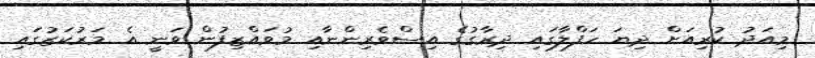
މިއަދު ކުރިއަށް ދިޔަ ހަފްލާގައި ދިރާގުގެ އިސްވެރިންނާއި މުވައްޒިފުން ވަނީ އެ މަރުކަޒުގައި